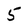
Character: 5